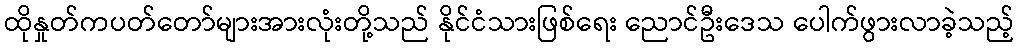
ထိုနှုတ်ကပတ်တော်များအားလုံးတို့သည် နိုင်ငံသားဖြစ်ရေး ညောင်ဦးဒေသ ပေါက်ဖွားလာခဲ့သည့်